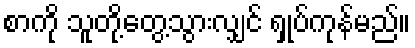
စာကို သူတို့တွေ့သွားလျှင် ရှုပ်ကုန်မည်။